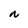
Character: N